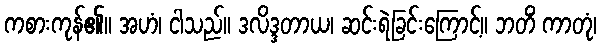
ကစားကုန်၏။ အဟံ၊ ငါသည်။ ဒလိဒ္ဒတာယ၊ ဆင်းရဲခြင်းကြောင့်။ ဘတိံ ကာတုံ၊